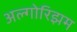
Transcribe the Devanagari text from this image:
अल्गोरिझम